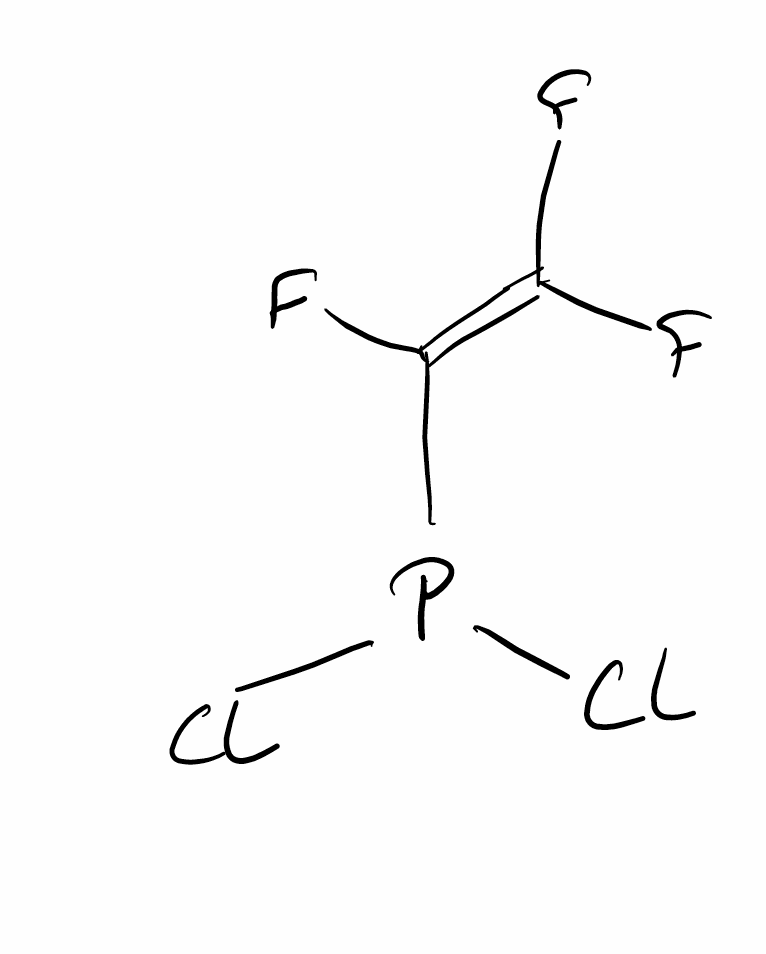
Simplified molecular-input line-entry system (SMILES) notation of the given molecule:
C(=C(F)P(Cl)Cl)(F)F